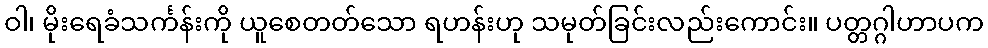
ဝါ၊ မိုးရေခံသင်္ကန်းကို ယူစေတတ်သော ရဟန်းဟု သမုတ်ခြင်းလည်းကောင်း။ ပတ္တဂ္ဂါဟာပက